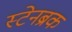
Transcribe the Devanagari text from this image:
स्टेनब्रक